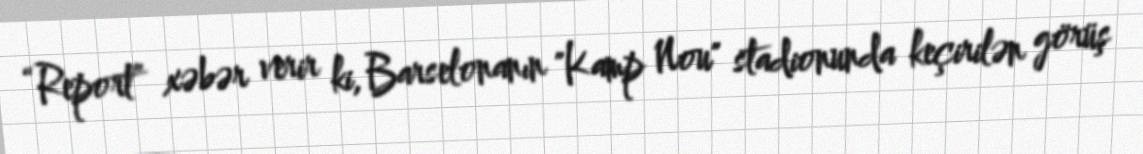
“Report” xəbər verir ki, Barselonanın "Kamp Nou" stadionunda keçirilən görüş